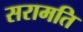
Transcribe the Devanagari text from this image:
सरामति